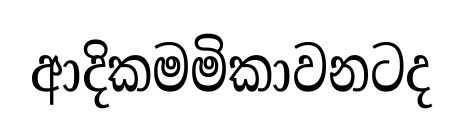
ආදිකමමිකාවනටද